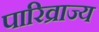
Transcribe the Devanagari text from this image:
पारिव्राज्य